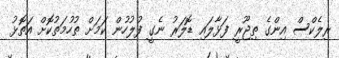
ރިލެކްސް އިންގެ ތިޖޫރީ ފަޅާލައި ޑޮލަރު ނެގީ ފުލުހުން ކަމަށް ތުހުމަތުކޮށް އަތޮޅު